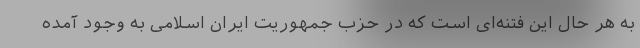
به هر حال این فتنه‌ای است که در حزب جمهوریت ایران اسلامی به وجود آمده